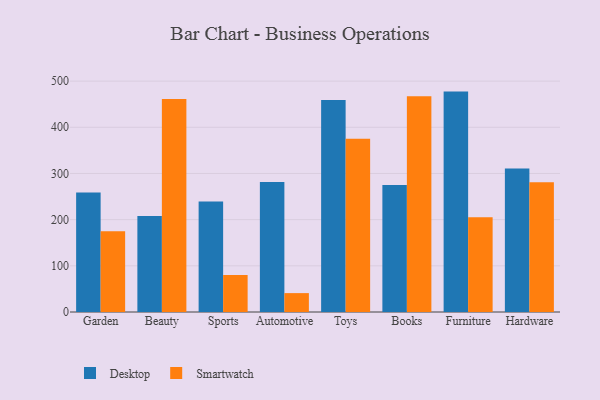
{"axis": {"x": "Category", "y": "Headcount"}, "legend": ["Desktop", "Smartwatch"], "data": [{"x": "Garden", "y": 258.9, "type": "Desktop"}, {"x": "Garden", "y": 174.8, "type": "Smartwatch"}, {"x": "Beauty", "y": 208.1, "type": "Desktop"}, {"x": "Beauty", "y": 461.5, "type": "Smartwatch"}, {"x": "Sports", "y": 239.1, "type": "Desktop"}, {"x": "Sports", "y": 80.3, "type": "Smartwatch"}, {"x": "Automotive", "y": 281.5, "type": "Desktop"}, {"x": "Automotive", "y": 40.9, "type": "Smartwatch"}, {"x": "Toys", "y": 459.0, "type": "Desktop"}, {"x": "Toys", "y": 375.3, "type": "Smartwatch"}, {"x": "Books", "y": 275.0, "type": "Desktop"}, {"x": "Books", "y": 467.0, "type": "Smartwatch"}, {"x": "Furniture", "y": 477.3, "type": "Desktop"}, {"x": "Furniture", "y": 205.3, "type": "Smartwatch"}, {"x": "Hardware", "y": 310.8, "type": "Desktop"}, {"x": "Hardware", "y": 281.1, "type": "Smartwatch"}]}